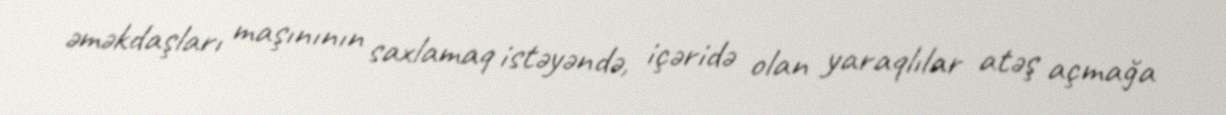
əməkdaşları maşınının saxlamaq istəyəndə, içəridə olan yaraqlılar atəş açmağa